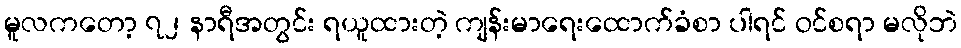
မူလကတော့ ၇၂ နာရီအတွင်း ရယူထားတဲ့ ကျန်းမာရေးထောက်ခံစာ ပါရင် ဝင်စရာ မလိုဘဲ